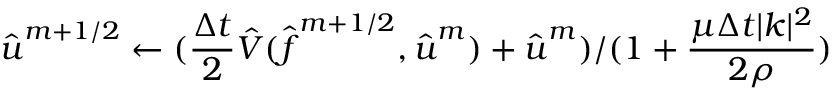
\hat { \boldsymbol u } ^ { m + 1 / 2 } \gets ( \frac { \Delta t } { 2 } \hat { V } ( \hat { \boldsymbol f } ^ { m + 1 / 2 } , \hat { \boldsymbol u } ^ { m } ) + \hat { \boldsymbol u } ^ { m } ) / ( 1 + \frac { \mu \Delta t | \boldsymbol k | ^ { 2 } } { 2 \rho } )